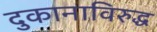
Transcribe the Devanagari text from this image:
दुकानाविरुद्ध